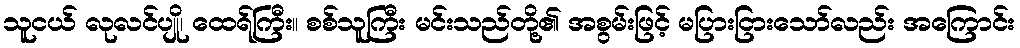
သူငယ် လုလင်ပျို၊ ထေရ်ကြီး။ စစ်သူကြီး မင်းသည်တို့၏ အစွမ်းဖြင့် မပြားငြားသော်လည်း အကြောင်း